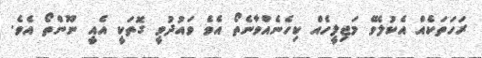
ރަހަތަކެއް އެކުލެވޭ މަޖިލީހެއް ކިހެނެއްވާނެތޯ އެވެ ވައުދުވީ ގޮތަކީ އެއީ ނޫންތޯ އެވެ.